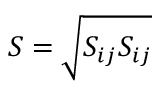
{ \cal { S } } = \sqrt { { \cal { S } } _ { i j } { \cal { S } } _ { i j } }